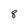
Character: 8